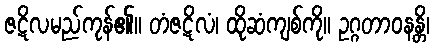
ဇဋိလမည်ကုန်၏။ တံဇဋိလံ၊ ထိုဆံကျစ်ကို။ ဥဂ္ဂတာဝနန္တိ၊